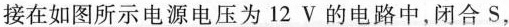
接在如图所示电源电压为12V的电路中，闭合S，